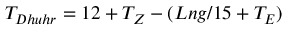
T _ { D h u h r } = 1 2 + T _ { Z } - ( L n g / 1 5 + T _ { E } )